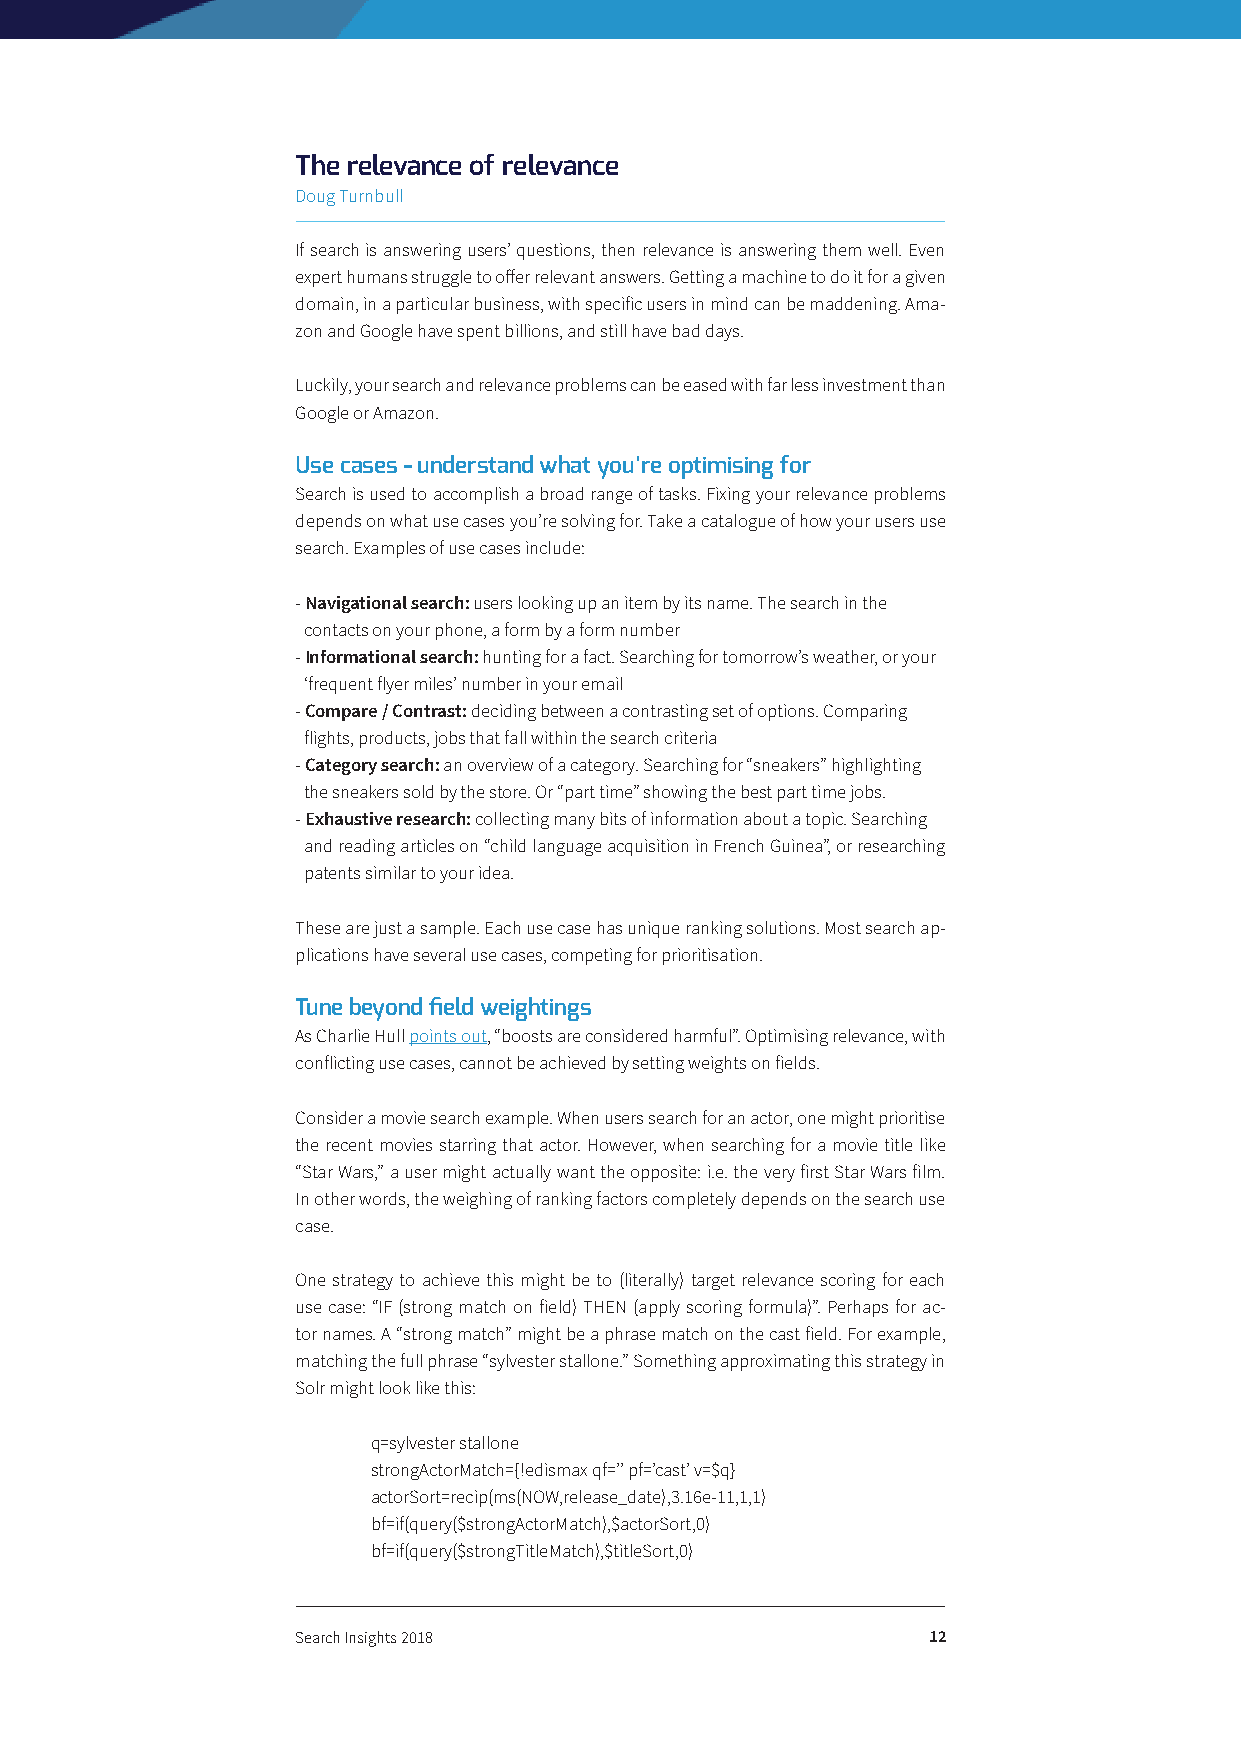
The relevance of relevance
 Doug Turnbull
 If search is answering users’ questions, then relevance is answering them well. Even
 expert humans struggle to offer relevant answers. Getting a machine to do it for a given
 domain, in a particular business, with specific users in mind can be maddening. Ama-
 zon and Google have spent billions, and still have bad days.
 Luckily, your search and relevance problems can be eased with far less investment than
 Google or Amazon.
 Use cases - understand what you’re optimising for
 Search is used to accomplish a broad range of tasks. Fixing your relevance problems
 depends on what use cases you’re solving for. Take a catalogue of how your users use
 search. Examples of use cases include:
 - Navigational search: users looking up an item by its name. The search in the
 contacts on your phone, a form by a form number
 - Informational search: hunting for a fact. Searching for tomorrow’s weather, or your
 ‘frequent flyer miles’ number in your email
 - Compare / Contrast: deciding between a contrasting set of options. Comparing
 flights, products, jobs that fall within the search criteria
 - Category search: an overview of a category. Searching for “sneakers” highlighting
 the sneakers sold by the store. Or “part time” showing the best part time jobs.
 - Exhaustive research: collecting many bits of information about a topic. Searching
 and reading articles on “child language acquisition in French Guinea”, or researching
 patents similar to your idea.
 These are just a sample. Each use case has unique ranking solutions. Most search ap-
 plications have several use cases, competing for prioritisation.
 Tune beyond field weightings
 As Charlie Hull points out, “boosts are considered harmful”. Optimising relevance, with
 conflicting use cases, cannot be achieved by setting weights on fields.
 Consider a movie search example. When users search for an actor, one might prioritise
 the recent movies starring that actor. However, when searching for a movie title like
 “Star Wars,” a user might actually want the opposite: i.e. the very first Star Wars film.
 In other words, the weighing of ranking factors completely depends on the search use
 case.
 One strategy to achieve this might be to (literally) target relevance scoring for each
 use case: “IF (strong match on field) THEN (apply scoring formula)”. Perhaps for ac-
 tor names. A “strong match” might be a phrase match on the cast field. For example,
 matching the full phrase “sylvester stallone.” Something approximating this strategy in
 Solr might look like this:
 q=sylvester stallone
 strongActorMatch={!edismax qf=’’ pf=’cast’ v=$q}
 actorSort=recip(ms(NOW,release_date),3.16e-11,1,1)
 bf=if(query($strongActorMatch),$actorSort,0)
 bf=if(query($strongTitleMatch),$titleSort,0)
 Search Insights 2018                     12